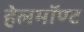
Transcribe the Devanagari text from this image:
हेलमॉण्ट